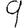
Digit: 9